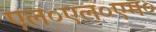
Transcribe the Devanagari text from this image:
एल०एल०एम०